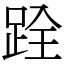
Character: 跧